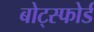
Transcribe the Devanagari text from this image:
बोट्स्फोर्ड